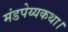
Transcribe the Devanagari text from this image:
मंडपेय्यकथा।